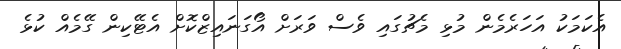
އެކަމަކު އަހަރެމެން މުޅި މެޗުގައި ވެސް ވަރަށް އޯގަނައިޒްކޮށް އެޓޭކިން ގޭމެއް ކުޅެ